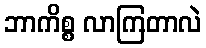
ဘာကိစ္စ လာကြတာလဲ